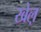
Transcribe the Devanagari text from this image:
खेल़